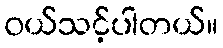
၀ယ်သင့်ပါတယ်။